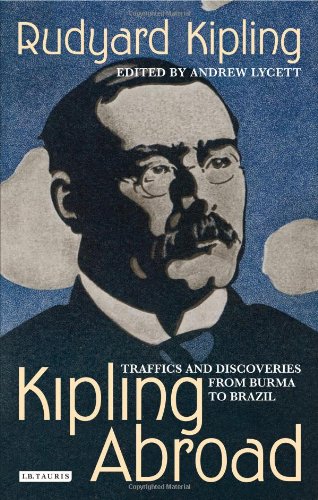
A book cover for Kipling Abroad: Traffics and Discoveries from Burma to Brazil; Rudyard Kipling; Travel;